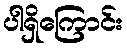
ပါရှိကြောင်း